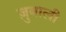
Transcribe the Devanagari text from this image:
ज़ुबाली